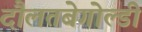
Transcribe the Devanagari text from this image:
दौलतबेगोल्डी